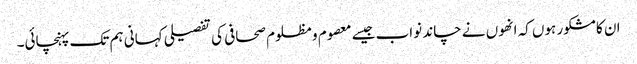
ان کا مشکور ہوں کہ انھوں نے چاند نواب جیسے معصوم و مظلوم صحافی کی تفصیلی کہانی ہم تک پہنچائی۔